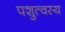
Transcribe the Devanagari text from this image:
पशुत्वस्य